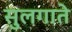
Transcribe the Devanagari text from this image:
सुलगाते